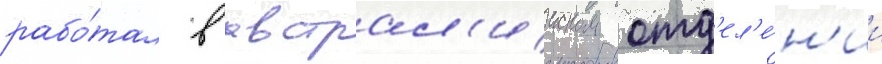
рабо́тал в австрал'ииском отд'ел'е́н'ии